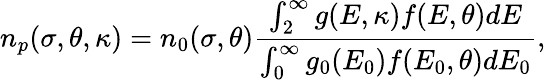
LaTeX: {n_{p}}(\sigma,\theta,\kappa)={n_{0}(\sigma,\theta)}\frac{{\int_{2}^{\infty}{g(E,\kappa)f(E,\theta)dE}}}{{\int_{0}^{\infty}{{g_{0}}(E_{0}){f}(E_{0},\theta)dE_{0}}}},